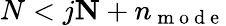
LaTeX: N<j\le N+n_{\mathrm{~m~o~d~e~}}